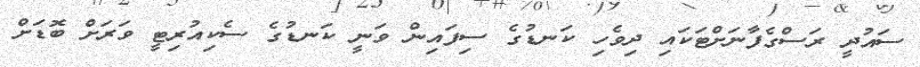
ސައުދީ ރަސްގެފާނަށްޓަކައި ދިވެހި ކަނޑުގެ ސިފައިން ވަނީ ކަނޑުގެ ސެކިއުރިޓީ ވަރަށް ބޮޑަށް